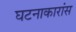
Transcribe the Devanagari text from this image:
घटनाकारांस